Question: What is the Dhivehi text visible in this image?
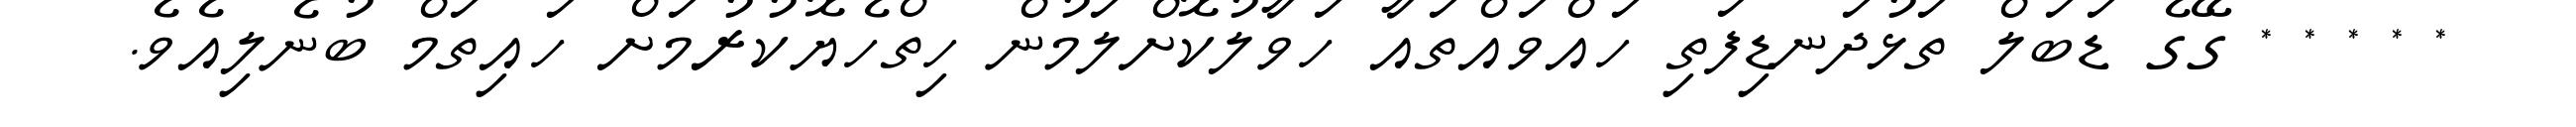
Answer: * * * * * ގޭގެ ޑަބަލް ތަޅުދަނޑިފަތި ހައްވައްތައާ ހަވާލުކޮށްލަމުން ހިތްހެޔޮކުރުމަށް ހައިތަމް ބުނެލިއެވެ.